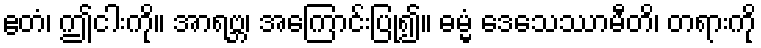
ဧတံ၊ ဤငါးကို။ အာရဗ္ဘ၊ အကြောင်းပြု၍။ ဓမ္မံ ဒေသေဿာမီတိ၊ တရားကို